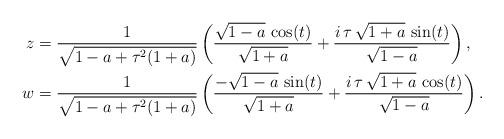
LaTeX: \begin{align*}z & =\frac{1}{\sqrt{1-a +\tau^2 (1+a)}}\left( \frac{\sqrt{1-a}\, \cos (t)}{\sqrt{1+a}}+ \frac{i\,\tau\,\sqrt{1+a}\, \sin (t)}{\sqrt{1-a}}\right),\\w & = \frac{1}{\sqrt{1-a +\tau^2 (1+a)}}\left( \frac{-\sqrt{1-a}\, \sin (t)}{\sqrt{1+a}}+ \frac{i\,\tau\,\sqrt{1+a}\, \cos (t)}{\sqrt{1-a}}\right).\end{align*}